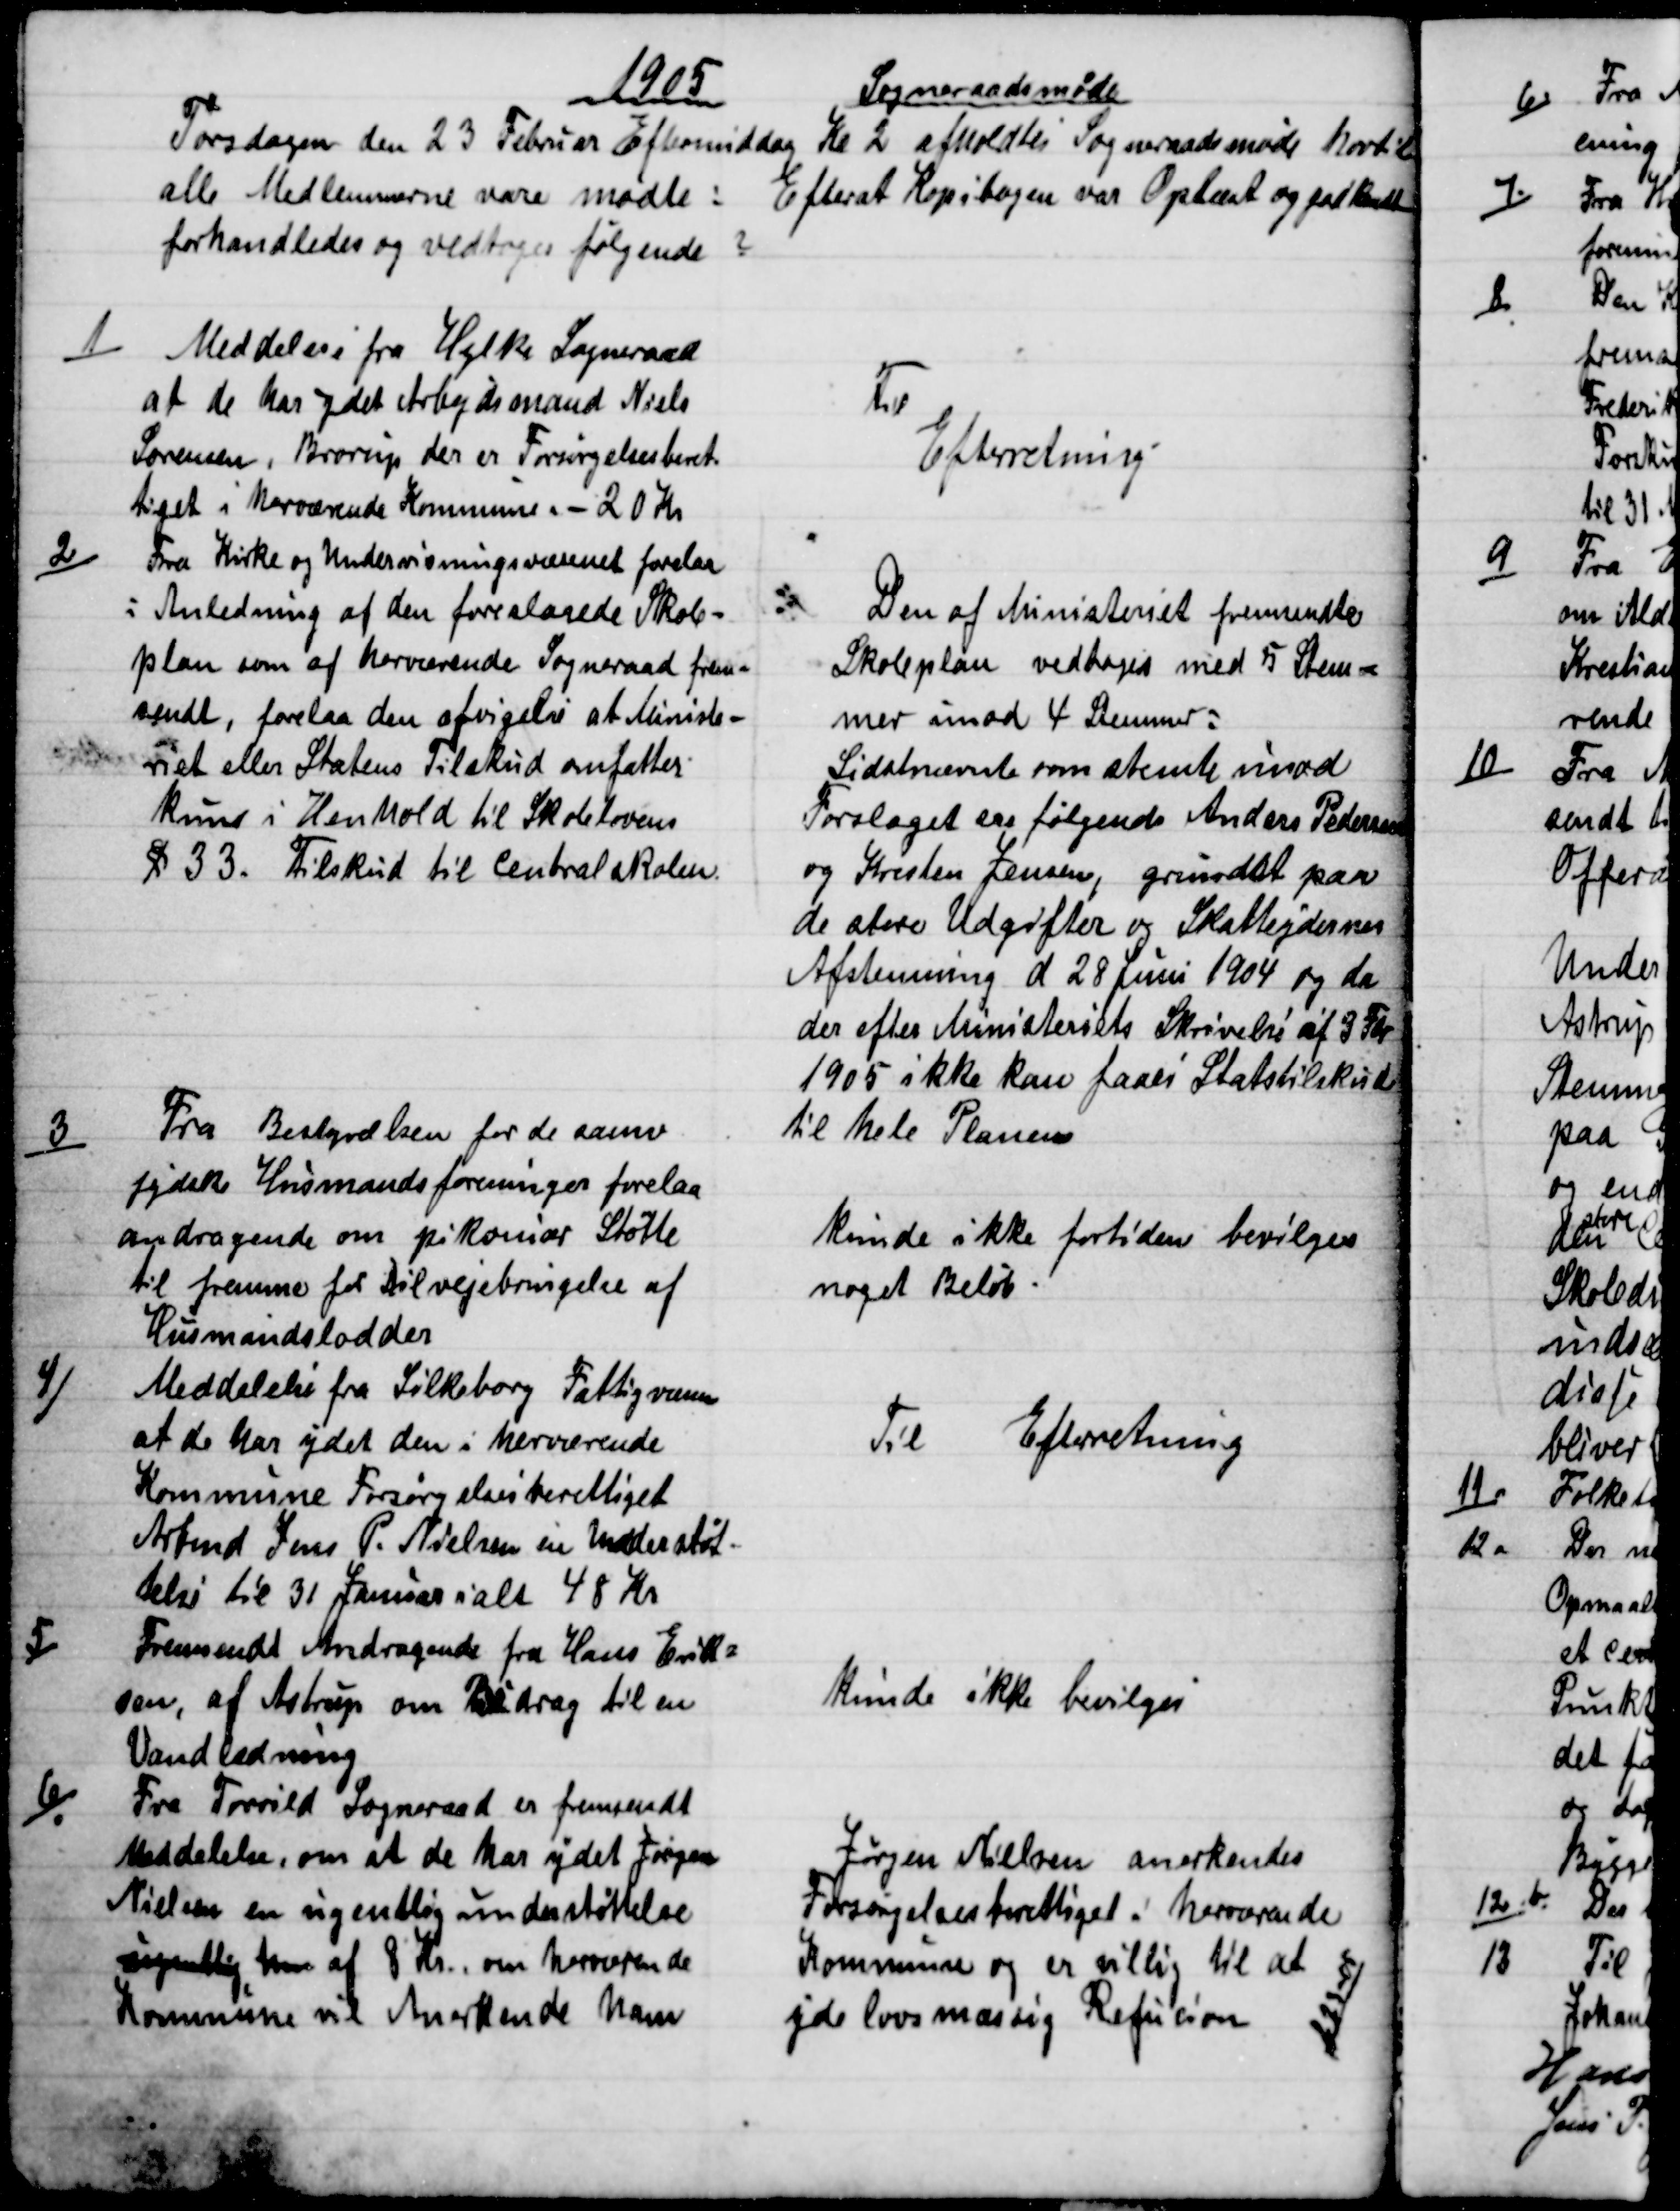
Transskription:
1905
Sogneraadsmøde
Torsdagen den 23 Februar Eftermiddag Kl 2 afholdtes Sogneraadsmøde hvortil
alle Medlemmerne vare mødte:
Efterat Kopibogen var Oplæst og godkendt
forhandledes og vedtoges følgende 
1)
Meddelelse fra Hylke Sogneraad
at de har ydet Arbejdsmand Niels
Sørensen, Brørup der er Forsørgelsesberet-
tiget i herværende Kommune. - 20 Kr
Til 
Efterretning
2)
Fra Kirke og Undervisningsvæsenet forelaa
i Anledning af den foreslaaede Skole-
plan som af herværende Sogneraad frem-
sendt, forelaa den afvigelse at Ministe-
riet eller Statens Tilskud omfatter
kuns i Henhold til Skolelovens
§ 33. Tilskud til Centralskolen.
Den af Ministeriet fremsendte
Skoleplan vedtoges med 5 Stem-
mer imod 4 Stemmer.
Sidstnævnte som stemte imod
Forslaget ere følgende Anders Pedersen
og Kristen Jensen, grundet paa
de store Udgifter og Skatteydernes
Afstemning d 28 Juni 1904 og da
der efter Ministeriets Skrivelse af 3 Fbr
1905 ikke kan faaes Statstilskud
til hele Planen
3)
Fra Bestyrelsen for de samv
jydske Husmandsforeninger forelaa
andragende om pikoniær Støtte
til fremme for Tilvejebringelse af
Husmandslodder
kunde ikke fortiden bevilges
noget Beløb.
4)
Meddelelse fra Silkeborg Fattigvæsen
at de har ydet den i herværende
Kommune Forsørgelsesberettiget
Arbmd Jens P. Nielsen en Understøt-
telse til 31 Januar i alt 48 Kr
Til  Efterretning
5)
Fremsendt Andragende fra Hans Erik=
sen, af Astrup om Bidrag til en
Vandledning
kunde ikke bevilges
6)
Fra Torrild Sogneraad er fremsendt
Meddelelse, om at de har ydet Jørgen
Nielsen en ugentlig understøttelse
ugentlig Un af 8 Kr., om herværende
Kommune vil Anerkende ham
Jørgen Nielsen anerkendes
Forsørgelsesberettiget i herværende
Kommune og er villig til at
yde lovsmæssig Refusion 
223-05